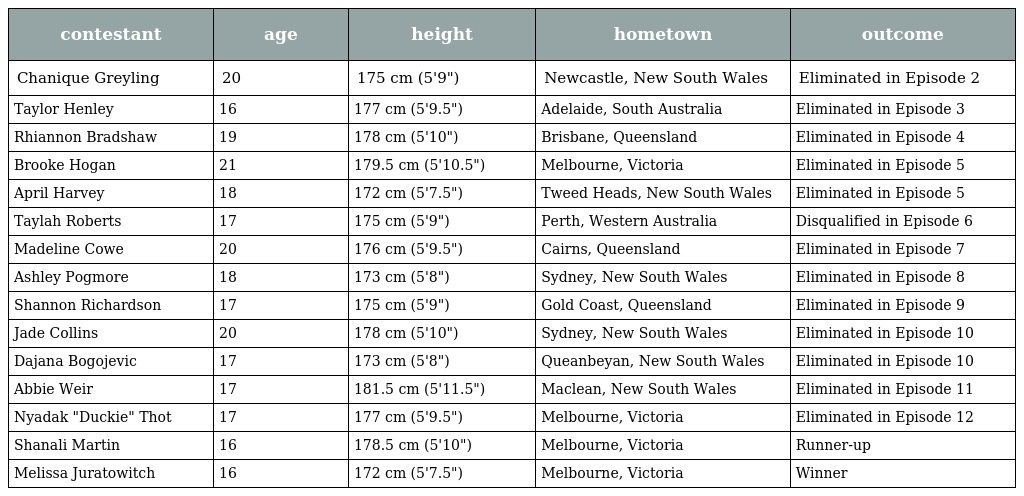
| contestant | age | height | hometown | outcome |
 | --- | --- | --- | --- | --- |
 | Chanique Greyling | 20 | 175 cm (5'9") | Newcastle, New South Wales | Eliminated in Episode 2 |
 | Taylor Henley | 16 | 177 cm (5'9.5") | Adelaide, South Australia | Eliminated in Episode 3 |
 | Rhiannon Bradshaw | 19 | 178 cm (5'10") | Brisbane, Queensland | Eliminated in Episode 4 |
 | Brooke Hogan | 21 | 179.5 cm (5'10.5") | Melbourne, Victoria | Eliminated in Episode 5 |
 | April Harvey | 18 | 172 cm (5'7.5") | Tweed Heads, New South Wales | Eliminated in Episode 5 |
 | Taylah Roberts | 17 | 175 cm (5'9") | Perth, Western Australia | Disqualified in Episode 6 |
 | Madeline Cowe | 20 | 176 cm (5'9.5") | Cairns, Queensland | Eliminated in Episode 7 |
 | Ashley Pogmore | 18 | 173 cm (5'8") | Sydney, New South Wales | Eliminated in Episode 8 |
 | Shannon Richardson | 17 | 175 cm (5'9") | Gold Coast, Queensland | Eliminated in Episode 9 |
 | Jade Collins | 20 | 178 cm (5'10") | Sydney, New South Wales | Eliminated in Episode 10 |
 | Dajana Bogojevic | 17 | 173 cm (5'8") | Queanbeyan, New South Wales | Eliminated in Episode 10 |
 | Abbie Weir | 17 | 181.5 cm (5'11.5") | Maclean, New South Wales | Eliminated in Episode 11 |
 | Nyadak "Duckie" Thot | 17 | 177 cm (5'9.5") | Melbourne, Victoria | Eliminated in Episode 12 |
 | Shanali Martin | 16 | 178.5 cm (5'10") | Melbourne, Victoria | Runner-up |
 | Melissa Juratowitch | 16 | 172 cm (5'7.5") | Melbourne, Victoria | Winner |